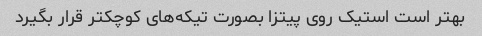
بهتر است استیک روی پیتزا بصورت تیکه‌های کوچکتر قرار بگیرد